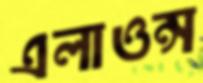
এলাওন্স